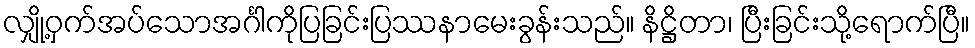
လျှို့ဝှက်အပ်သောအင်္ဂါကိုပြခြင်းပြဿနာမေးခွန်းသည်။ နိဋ္ဌိတာ၊ ပြီးခြင်းသို့ရောက်ပြီ။